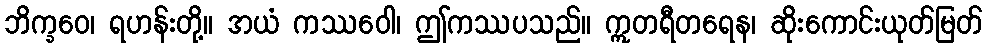
ဘိက္ခဝေ၊ ရဟန်းတို့။ အယံ ကဿဝေါ၊ ဤကဿပသည်။ ဣတရီတရေန၊ ဆိုးကောင်းယုတ်မြတ်